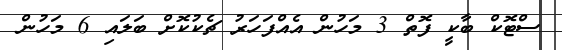
ސްޓޮކް ބާކީ ފޮތް 3 މަހުން އެއްފަހަރު ޗެކުކޮށް ބަލައި 6 މަހުން